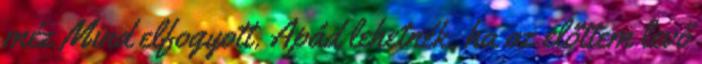
méz Mind elfogyott. Apád lehetnék, ha az előttem levő